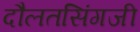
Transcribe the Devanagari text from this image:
दौलतसिंगजी